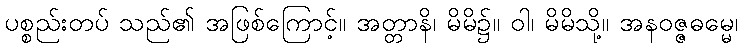
ပစ္စည်းတပ် သည်၏ အဖြစ်ကြောင့်။ အတ္တာနိ၊ မိမိ၌။ ဝါ၊ မိမိသို့။ အနဝဇ္ဇဓမ္မေ၊